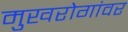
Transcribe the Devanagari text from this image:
मुखरोगांवर